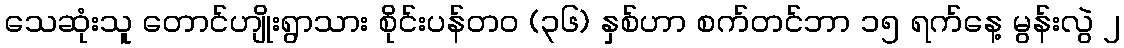
သေဆုံးသူ တောင်ဟျိုးရွာသား စိုင်းပန်တဝ (၃၆) နှစ်ဟာ စက်တင်ဘာ ၁၅ ရက်နေ့ မွန်းလွဲ ၂